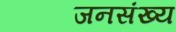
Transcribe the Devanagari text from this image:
जनसंख्य